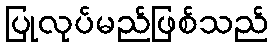
ပြုလုပ်မည်ဖြစ်သည်